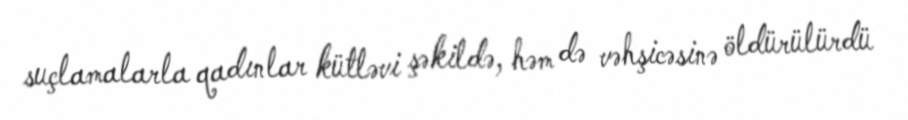
suçlamalarla qadınlar kütləvi şəkildə, həm də vəhşicəsinə öldürülürdü